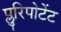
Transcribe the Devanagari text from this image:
प्लुरिपोटेंट